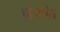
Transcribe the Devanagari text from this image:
बाजपेय